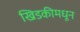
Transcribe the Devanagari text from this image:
खिडकीमधून